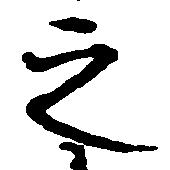
之